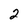
Character: 2